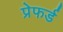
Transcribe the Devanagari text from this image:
प्रेफर्ड